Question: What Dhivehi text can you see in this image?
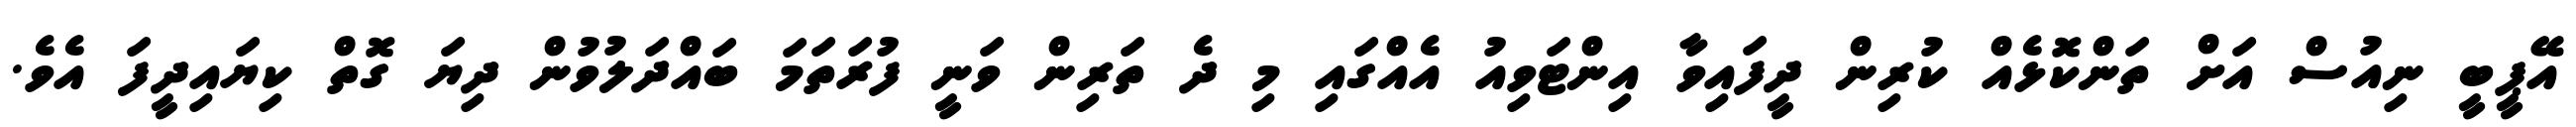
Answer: އޭޕީބީ ނިއުސް އަށް ތަންކޮޅެއް ކުރިން ދީފައިވާ އިންޓަވިއު އެއްގައި މި ދެ ތަރިން ވަނީ ފުރަތަމަ ބައްދަލުވުން ދިޔަ ގޮތް ކިޔައިދީފަ އެވެ.